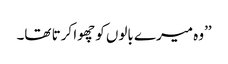
’’وہ میرے بالوں کو چھوا کرتا تھا۔